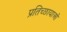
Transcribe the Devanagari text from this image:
प्रतिच्छायाओं